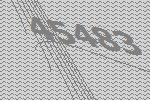
45483